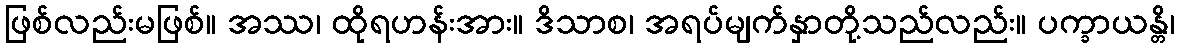
ဖြစ်လည်းမဖြစ်။ အဿ၊ ထိုရဟန်းအား။ ဒိသာစ၊ အရပ်မျက်နှာတို့သည်လည်း။ ပက္ခာယန္တိ၊